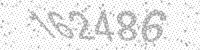
Solution: 162486